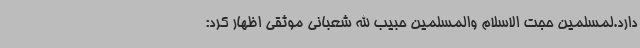
دارد.لمسلمین حجت الاسلام والمسلمین حبیب الله شعبانی موثقی اظهار کرد: